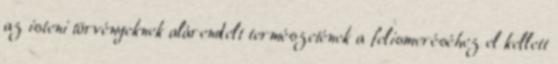
az isteni törvényeknek alárendelt természetének a felismeréséhez el kellett